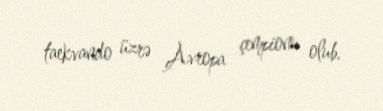
taekvando üzrə Avropa çempionu olub.